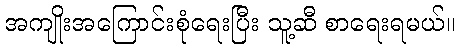
အကျိုးအကြောင်းစုံရေးပြီး သူ့ဆီ စာရေးရမယ်။